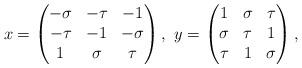
LaTeX: \begin{align*}x=\begin{pmatrix} -\sigma & -\tau & -1\\-\tau & -1 &-\sigma\\ 1 & \sigma& \tau \end{pmatrix}, \ y=\begin{pmatrix} 1 &\sigma&\tau \\ \sigma& \tau & 1\\ \tau & 1 & \sigma \end{pmatrix},\end{align*}